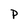
Character: p